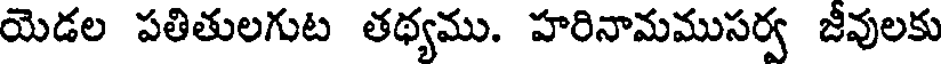
యెడల పతితులగుట తథ్యము. హరినామముసర్వ జీవులకు